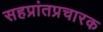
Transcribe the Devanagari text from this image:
सहप्रांतप्रचारक